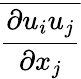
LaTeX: \overline{{\frac{\partial u_{i}u_{j}}{\partial x_{j}}}}